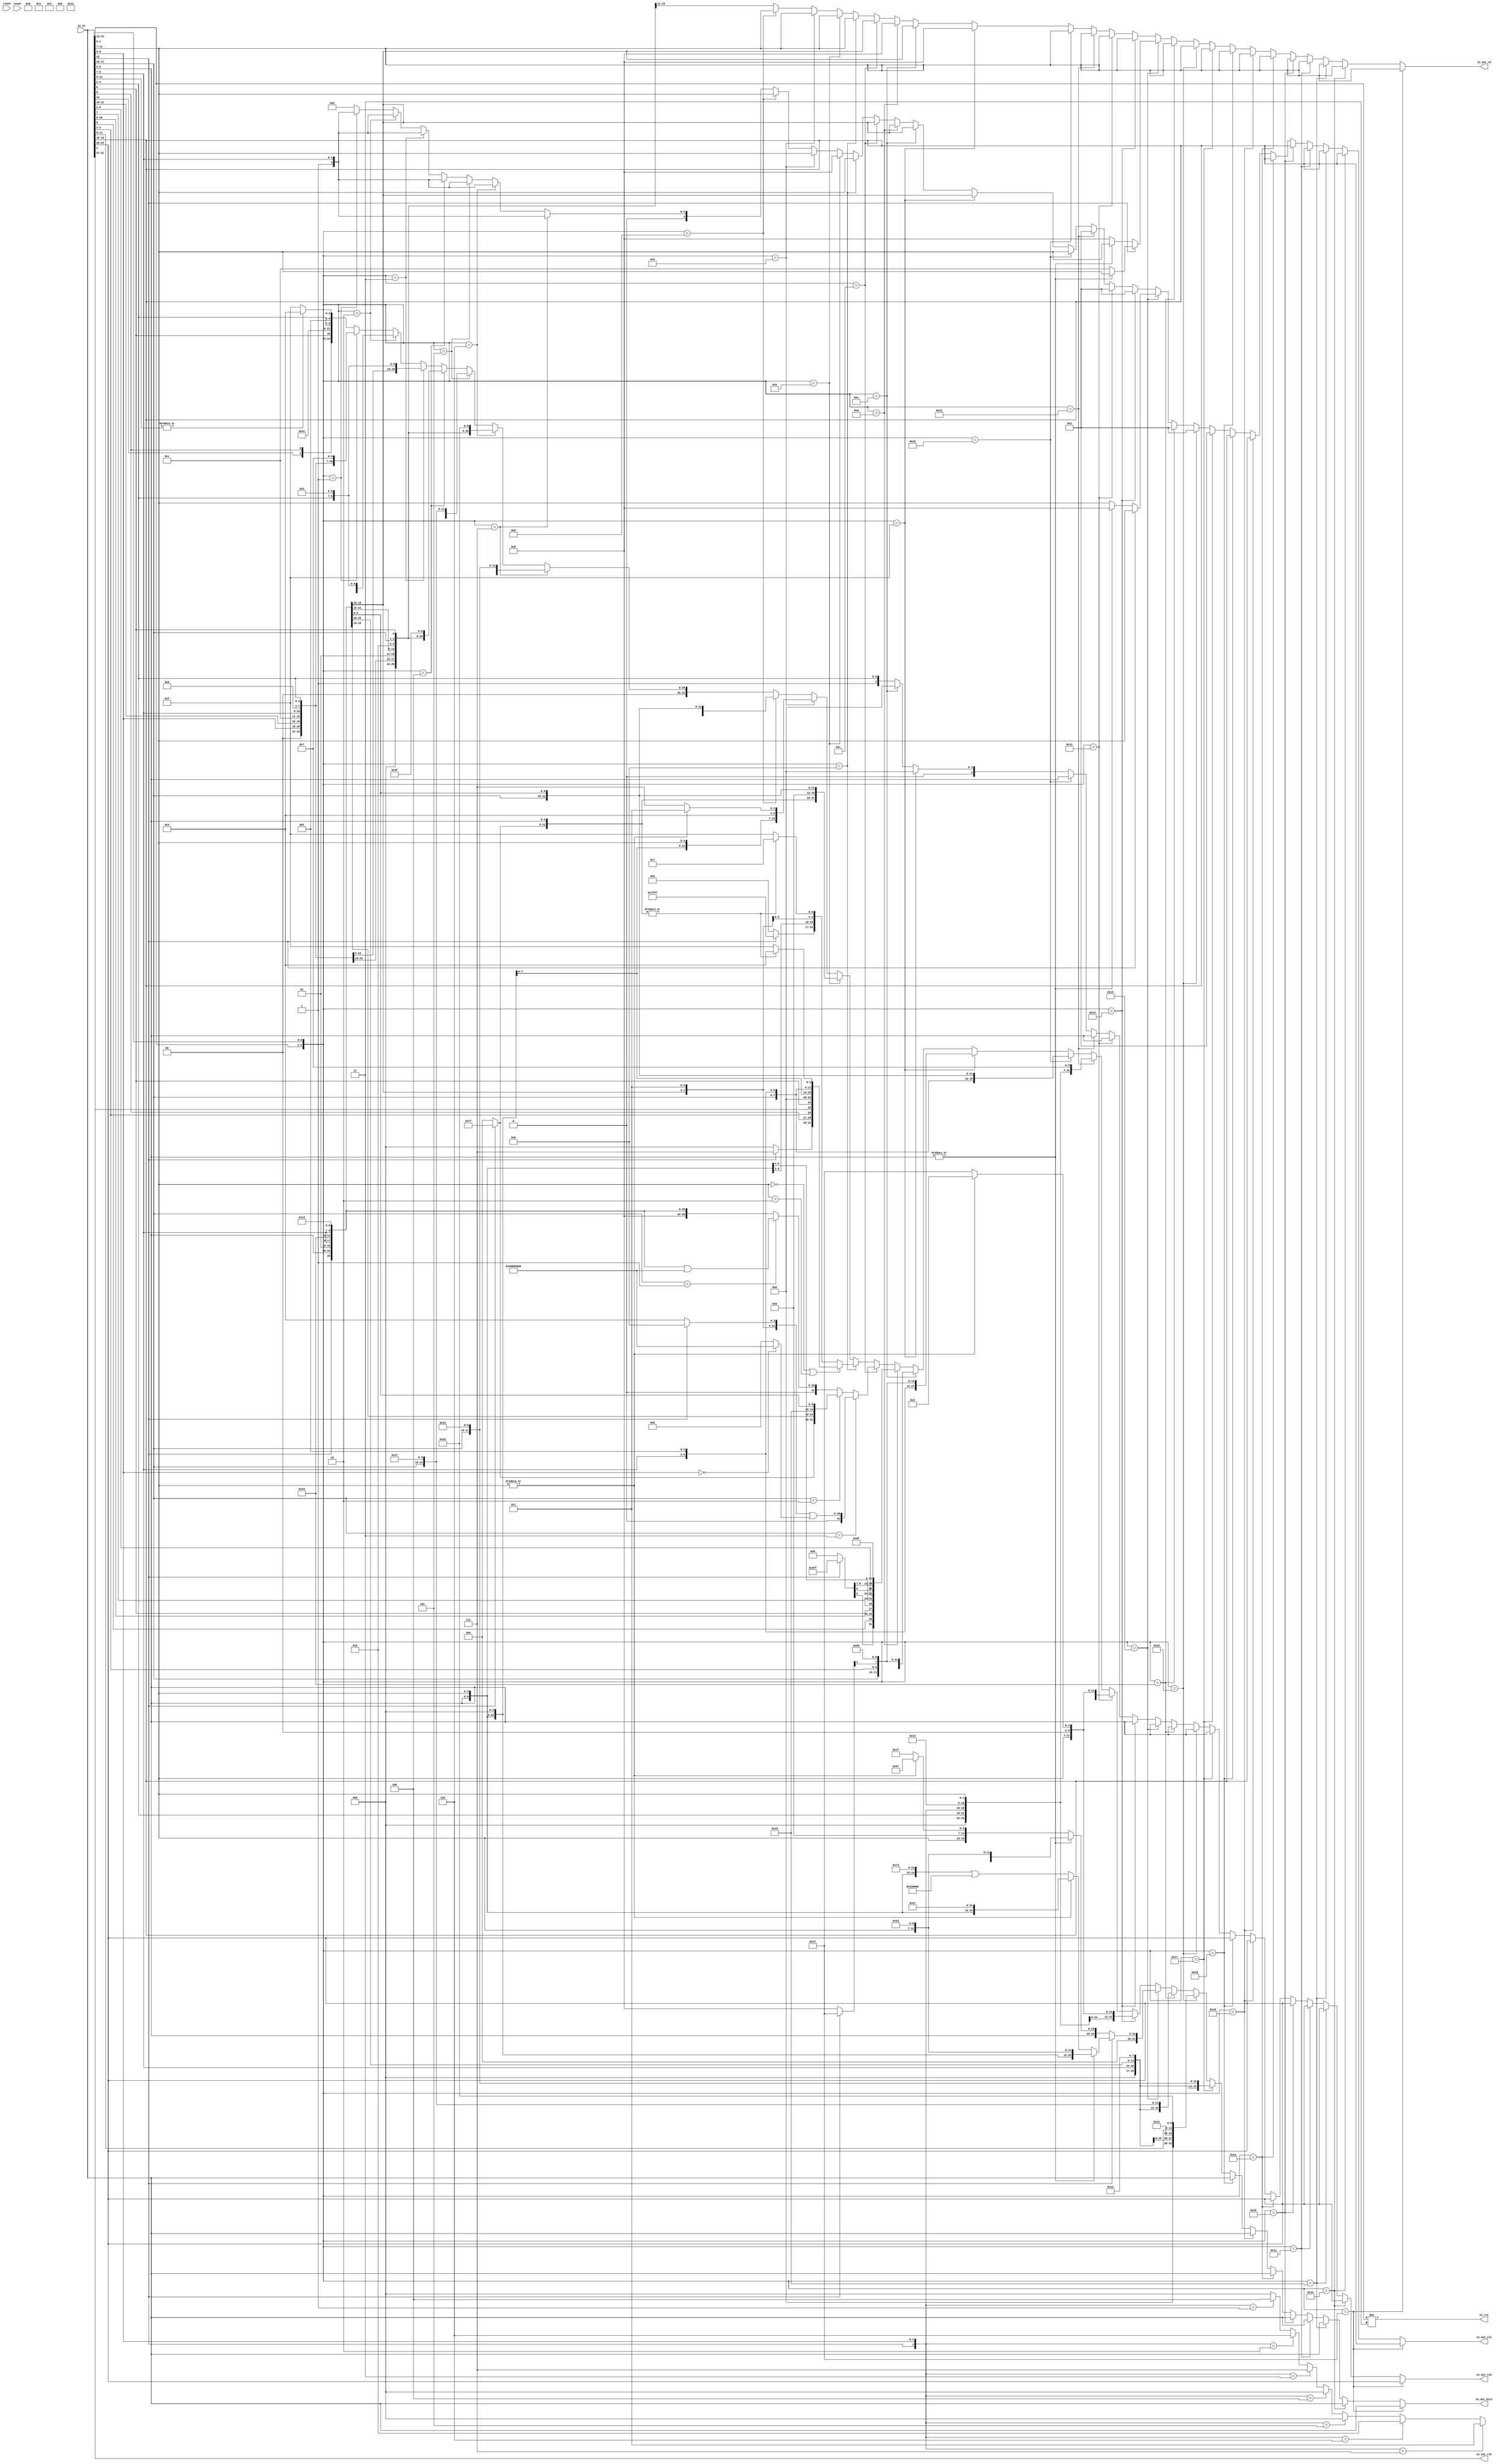
module RVCExpander(
  input         clock,
  input         reset,
  input  [31:0] io_in,
  output [31:0] io_out_bits,
  output [4:0]  io_out_rd,
  output [4:0]  io_out_rs1,
  output [4:0]  io_out_rs2,
  output [4:0]  io_out_rs3,
  output        io_rvc
);
  wire [6:0] io_out_s_lo_lo = |io_in[12:5] ? 7'h13 : 7'h1f; // @[RVC.scala 53:20]
  wire [3:0] io_out_s_hi_hi_hi = io_in[10:7]; // @[RVC.scala 34:26]
  wire [1:0] io_out_s_hi_hi_lo = io_in[12:11]; // @[RVC.scala 34:35]
  wire  io_out_s_hi_lo = io_in[5]; // @[RVC.scala 34:45]
  wire  io_out_s_lo_hi = io_in[6]; // @[RVC.scala 34:51]
  wire [2:0] io_out_s_lo_1 = io_in[4:2]; // @[RVC.scala 31:29]
  wire [4:0] io_out_s_lo_hi_1 = {2'h1,io_out_s_lo_1}; // @[Cat.scala 30:58]
  wire [29:0] _io_out_s_T = {io_out_s_hi_hi_hi,io_out_s_hi_hi_lo,io_out_s_hi_lo,io_out_s_lo_hi,2'h0,5'h2,3'h0,2'h1,
    io_out_s_lo_1,io_out_s_lo_lo}; // @[Cat.scala 30:58]
  wire [4:0] io_out_s_0_rs3 = io_in[31:27]; // @[RVC.scala 20:101]
  wire [1:0] io_out_s_hi_hi_2 = io_in[6:5]; // @[RVC.scala 36:20]
  wire [2:0] io_out_s_hi_lo_1 = io_in[12:10]; // @[RVC.scala 36:28]
  wire [7:0] io_out_s_hi_hi_hi_2 = {io_out_s_hi_hi_2,io_out_s_hi_lo_1,3'h0}; // @[Cat.scala 30:58]
  wire [2:0] io_out_s_lo_5 = io_in[9:7]; // @[RVC.scala 30:29]
  wire [4:0] io_out_s_hi_hi_lo_1 = {2'h1,io_out_s_lo_5}; // @[Cat.scala 30:58]
  wire [27:0] _io_out_s_T_4 = {io_out_s_hi_hi_2,io_out_s_hi_lo_1,3'h0,2'h1,io_out_s_lo_5,3'h3,2'h1,io_out_s_lo_1,7'h7}; // @[Cat.scala 30:58]
  wire [6:0] io_out_s_hi_hi_hi_3 = {io_out_s_hi_lo,io_out_s_hi_lo_1,io_out_s_lo_hi,2'h0}; // @[Cat.scala 30:58]
  wire [26:0] _io_out_s_T_9 = {io_out_s_hi_lo,io_out_s_hi_lo_1,io_out_s_lo_hi,2'h0,2'h1,io_out_s_lo_5,3'h2,2'h1,
    io_out_s_lo_1,7'h3}; // @[Cat.scala 30:58]
  wire [27:0] _io_out_s_T_14 = {io_out_s_hi_hi_2,io_out_s_hi_lo_1,3'h0,2'h1,io_out_s_lo_5,3'h3,2'h1,io_out_s_lo_1,7'h3}; // @[Cat.scala 30:58]
  wire [1:0] io_out_s_hi_hi_hi_5 = io_out_s_hi_hi_hi_3[6:5]; // @[RVC.scala 63:32]
  wire [4:0] io_out_s_lo_hi_lo = io_out_s_hi_hi_hi_3[4:0]; // @[RVC.scala 63:65]
  wire [26:0] _io_out_s_T_21 = {io_out_s_hi_hi_hi_5,2'h1,io_out_s_lo_1,2'h1,io_out_s_lo_5,3'h2,io_out_s_lo_hi_lo,7'h3f}; // @[Cat.scala 30:58]
  wire [2:0] io_out_s_hi_hi_hi_6 = io_out_s_hi_hi_hi_2[7:5]; // @[RVC.scala 66:30]
  wire [4:0] io_out_s_lo_hi_lo_1 = io_out_s_hi_hi_hi_2[4:0]; // @[RVC.scala 66:63]
  wire [27:0] _io_out_s_T_28 = {io_out_s_hi_hi_hi_6,2'h1,io_out_s_lo_1,2'h1,io_out_s_lo_5,3'h3,io_out_s_lo_hi_lo_1,7'h27
    }; // @[Cat.scala 30:58]
  wire [26:0] _io_out_s_T_35 = {io_out_s_hi_hi_hi_5,2'h1,io_out_s_lo_1,2'h1,io_out_s_lo_5,3'h2,io_out_s_lo_hi_lo,7'h23}; // @[Cat.scala 30:58]
  wire [27:0] _io_out_s_T_42 = {io_out_s_hi_hi_hi_6,2'h1,io_out_s_lo_1,2'h1,io_out_s_lo_5,3'h3,io_out_s_lo_hi_lo_1,7'h23
    }; // @[Cat.scala 30:58]
  wire [6:0] io_out_s_hi_20 = io_in[12] ? 7'h7f : 7'h0; // @[Bitwise.scala 72:12]
  wire [4:0] io_out_s_lo_52 = io_in[6:2]; // @[RVC.scala 43:38]
  wire [11:0] io_out_s_hi_hi_hi_9 = {io_out_s_hi_20,io_out_s_lo_52}; // @[Cat.scala 30:58]
  wire [4:0] io_out_s_hi_hi_lo_8 = io_in[11:7]; // @[RVC.scala 33:13]
  wire [31:0] io_out_s_8_bits = {io_out_s_hi_20,io_out_s_lo_52,io_out_s_hi_hi_lo_8,3'h0,io_out_s_hi_hi_lo_8,7'h13}; // @[Cat.scala 30:58]
  wire  _io_out_s_opc_T_3 = |io_out_s_hi_hi_lo_8; // @[RVC.scala 77:24]
  wire [6:0] io_out_s_lo_lo_1 = |io_out_s_hi_hi_lo_8 ? 7'h1b : 7'h1f; // @[RVC.scala 77:20]
  wire [31:0] io_out_s_9_bits = {io_out_s_hi_20,io_out_s_lo_52,io_out_s_hi_hi_lo_8,3'h0,io_out_s_hi_hi_lo_8,
    io_out_s_lo_lo_1}; // @[Cat.scala 30:58]
  wire [31:0] io_out_s_10_bits = {io_out_s_hi_20,io_out_s_lo_52,5'h0,3'h0,io_out_s_hi_hi_lo_8,7'h13}; // @[Cat.scala 30:58]
  wire  _io_out_s_opc_T_7 = |io_out_s_hi_hi_hi_9; // @[RVC.scala 90:29]
  wire [6:0] io_out_s_me_lo = |io_out_s_hi_hi_hi_9 ? 7'h37 : 7'h3f; // @[RVC.scala 90:20]
  wire [14:0] io_out_s_me_hi_hi = io_in[12] ? 15'h7fff : 15'h0; // @[Bitwise.scala 72:12]
  wire [31:0] _io_out_s_me_T_2 = {io_out_s_me_hi_hi,io_out_s_lo_52,12'h0}; // @[Cat.scala 30:58]
  wire [19:0] io_out_s_me_hi_hi_1 = _io_out_s_me_T_2[31:12]; // @[RVC.scala 91:31]
  wire [31:0] io_out_s_me_bits = {io_out_s_me_hi_hi_1,io_out_s_hi_hi_lo_8,io_out_s_me_lo}; // @[Cat.scala 30:58]
  wire [6:0] io_out_s_lo_lo_2 = _io_out_s_opc_T_7 ? 7'h13 : 7'h1f; // @[RVC.scala 86:20]
  wire [2:0] io_out_s_hi_hi_hi_12 = io_in[12] ? 3'h7 : 3'h0; // @[Bitwise.scala 72:12]
  wire [1:0] io_out_s_hi_hi_lo_10 = io_in[4:3]; // @[RVC.scala 42:42]
  wire  io_out_s_lo_hi_hi = io_in[2]; // @[RVC.scala 42:56]
  wire [31:0] io_out_s_res_bits = {io_out_s_hi_hi_hi_12,io_out_s_hi_hi_lo_10,io_out_s_hi_lo,io_out_s_lo_hi_hi,
    io_out_s_lo_hi,4'h0,io_out_s_hi_hi_lo_8,3'h0,io_out_s_hi_hi_lo_8,io_out_s_lo_lo_2}; // @[Cat.scala 30:58]
  wire [31:0] io_out_s_11_bits = io_out_s_hi_hi_lo_8 == 5'h0 | io_out_s_hi_hi_lo_8 == 5'h2 ? io_out_s_res_bits :
    io_out_s_me_bits; // @[RVC.scala 92:10]
  wire [4:0] io_out_s_11_rd = io_out_s_hi_hi_lo_8 == 5'h0 | io_out_s_hi_hi_lo_8 == 5'h2 ? io_out_s_hi_hi_lo_8 :
    io_out_s_hi_hi_lo_8; // @[RVC.scala 92:10]
  wire [4:0] io_out_s_11_rs2 = io_out_s_hi_hi_lo_8 == 5'h0 | io_out_s_hi_hi_lo_8 == 5'h2 ? io_out_s_lo_hi_1 :
    io_out_s_lo_hi_1; // @[RVC.scala 92:10]
  wire [4:0] io_out_s_11_rs3 = io_out_s_hi_hi_lo_8 == 5'h0 | io_out_s_hi_hi_lo_8 == 5'h2 ? io_out_s_0_rs3 :
    io_out_s_0_rs3; // @[RVC.scala 92:10]
  wire [25:0] _io_out_s_T_79 = {io_in[12],io_out_s_lo_52,2'h1,io_out_s_lo_5,3'h5,2'h1,io_out_s_lo_5,7'h13}; // @[Cat.scala 30:58]
  wire [30:0] _GEN_0 = {{5'd0}, _io_out_s_T_79}; // @[RVC.scala 99:23]
  wire [30:0] _io_out_s_T_81 = _GEN_0 | 31'h40000000; // @[RVC.scala 99:23]
  wire [31:0] _io_out_s_T_84 = {io_out_s_hi_20,io_out_s_lo_52,2'h1,io_out_s_lo_5,3'h7,2'h1,io_out_s_lo_5,7'h13}; // @[Cat.scala 30:58]
  wire [2:0] _io_out_s_funct_T = {io_in[12],io_out_s_hi_hi_2}; // @[Cat.scala 30:58]
  wire [2:0] _io_out_s_funct_T_2 = _io_out_s_funct_T == 3'h1 ? 3'h4 : 3'h0; // @[package.scala 32:76]
  wire [2:0] _io_out_s_funct_T_4 = _io_out_s_funct_T == 3'h2 ? 3'h6 : _io_out_s_funct_T_2; // @[package.scala 32:76]
  wire [2:0] _io_out_s_funct_T_6 = _io_out_s_funct_T == 3'h3 ? 3'h7 : _io_out_s_funct_T_4; // @[package.scala 32:76]
  wire [2:0] _io_out_s_funct_T_8 = _io_out_s_funct_T == 3'h4 ? 3'h0 : _io_out_s_funct_T_6; // @[package.scala 32:76]
  wire [2:0] _io_out_s_funct_T_10 = _io_out_s_funct_T == 3'h5 ? 3'h0 : _io_out_s_funct_T_8; // @[package.scala 32:76]
  wire [2:0] _io_out_s_funct_T_12 = _io_out_s_funct_T == 3'h6 ? 3'h2 : _io_out_s_funct_T_10; // @[package.scala 32:76]
  wire [2:0] io_out_s_hi_lo_17 = _io_out_s_funct_T == 3'h7 ? 3'h3 : _io_out_s_funct_T_12; // @[package.scala 32:76]
  wire [30:0] io_out_s_sub = io_out_s_hi_hi_2 == 2'h0 ? 31'h40000000 : 31'h0; // @[RVC.scala 103:22]
  wire [6:0] io_out_s_lo_lo_3 = io_in[12] ? 7'h3b : 7'h33; // @[RVC.scala 104:22]
  wire [24:0] _io_out_s_T_85 = {2'h1,io_out_s_lo_1,2'h1,io_out_s_lo_5,io_out_s_hi_lo_17,2'h1,io_out_s_lo_5,
    io_out_s_lo_lo_3}; // @[Cat.scala 30:58]
  wire [30:0] _GEN_1 = {{6'd0}, _io_out_s_T_85}; // @[RVC.scala 105:43]
  wire [30:0] _io_out_s_T_86 = _GEN_1 | io_out_s_sub; // @[RVC.scala 105:43]
  wire [30:0] _io_out_s_T_89 = io_in[11:10] == 2'h1 ? _io_out_s_T_81 : {{5'd0}, _io_out_s_T_79}; // @[package.scala 32:76]
  wire [31:0] _io_out_s_T_91 = io_in[11:10] == 2'h2 ? _io_out_s_T_84 : {{1'd0}, _io_out_s_T_89}; // @[package.scala 32:76]
  wire [31:0] io_out_s_12_bits = io_in[11:10] == 2'h3 ? {{1'd0}, _io_out_s_T_86} : _io_out_s_T_91; // @[package.scala 32:76]
  wire [9:0] io_out_s_hi_hi_hi_hi = io_in[12] ? 10'h3ff : 10'h0; // @[Bitwise.scala 72:12]
  wire  io_out_s_hi_hi_hi_lo = io_in[8]; // @[RVC.scala 44:36]
  wire [1:0] io_out_s_hi_hi_lo_16 = io_in[10:9]; // @[RVC.scala 44:42]
  wire  io_out_s_hi_lo_lo = io_in[7]; // @[RVC.scala 44:57]
  wire  io_out_s_lo_hi_lo_5 = io_in[11]; // @[RVC.scala 44:69]
  wire [2:0] io_out_s_lo_lo_hi = io_in[5:3]; // @[RVC.scala 44:76]
  wire [20:0] _io_out_s_T_100 = {io_out_s_hi_hi_hi_hi,io_out_s_hi_hi_hi_lo,io_out_s_hi_hi_lo_16,io_out_s_lo_hi,
    io_out_s_hi_lo_lo,io_out_s_lo_hi_hi,io_out_s_lo_hi_lo_5,io_out_s_lo_lo_hi,1'h0}; // @[Cat.scala 30:58]
  wire  io_out_s_hi_hi_hi_19 = _io_out_s_T_100[20]; // @[RVC.scala 94:26]
  wire [9:0] io_out_s_hi_hi_lo_18 = _io_out_s_T_100[10:1]; // @[RVC.scala 94:36]
  wire  io_out_s_hi_lo_21 = _io_out_s_T_100[11]; // @[RVC.scala 94:48]
  wire [7:0] io_out_s_lo_hi_hi_5 = _io_out_s_T_100[19:12]; // @[RVC.scala 94:58]
  wire [31:0] io_out_s_13_bits = {io_out_s_hi_hi_hi_19,io_out_s_hi_hi_lo_18,io_out_s_hi_lo_21,io_out_s_lo_hi_hi_5,5'h0,7'h6f
    }; // @[Cat.scala 30:58]
  wire [4:0] io_out_s_hi_hi_hi_23 = io_in[12] ? 5'h1f : 5'h0; // @[Bitwise.scala 72:12]
  wire [12:0] _io_out_s_T_116 = {io_out_s_hi_hi_hi_23,io_out_s_hi_hi_2,io_out_s_lo_hi_hi,io_in[11:10],
    io_out_s_hi_hi_lo_10,1'h0}; // @[Cat.scala 30:58]
  wire  io_out_s_hi_hi_hi_24 = _io_out_s_T_116[12]; // @[RVC.scala 95:29]
  wire [5:0] io_out_s_hi_hi_lo_23 = _io_out_s_T_116[10:5]; // @[RVC.scala 95:39]
  wire [3:0] io_out_s_lo_hi_lo_12 = _io_out_s_T_116[4:1]; // @[RVC.scala 95:71]
  wire  io_out_s_lo_lo_hi_4 = _io_out_s_T_116[11]; // @[RVC.scala 95:82]
  wire [31:0] io_out_s_14_bits = {io_out_s_hi_hi_hi_24,io_out_s_hi_hi_lo_23,5'h0,2'h1,io_out_s_lo_5,3'h0,
    io_out_s_lo_hi_lo_12,io_out_s_lo_lo_hi_4,7'h63}; // @[Cat.scala 30:58]
  wire [31:0] io_out_s_15_bits = {io_out_s_hi_hi_hi_24,io_out_s_hi_hi_lo_23,5'h0,2'h1,io_out_s_lo_5,3'h1,
    io_out_s_lo_hi_lo_12,io_out_s_lo_lo_hi_4,7'h63}; // @[Cat.scala 30:58]
  wire [6:0] io_out_s_lo_lo_10 = _io_out_s_opc_T_3 ? 7'h3 : 7'h1f; // @[RVC.scala 113:23]
  wire [25:0] _io_out_s_T_145 = {io_in[12],io_out_s_lo_52,io_out_s_hi_hi_lo_8,3'h1,io_out_s_hi_hi_lo_8,7'h13}; // @[Cat.scala 30:58]
  wire [28:0] _io_out_s_T_150 = {io_out_s_lo_1,io_in[12],io_out_s_hi_hi_2,3'h0,5'h2,3'h3,io_out_s_hi_hi_lo_8,7'h7}; // @[Cat.scala 30:58]
  wire [1:0] io_out_s_hi_hi_47 = io_in[3:2]; // @[RVC.scala 37:22]
  wire [2:0] io_out_s_lo_hi_41 = io_in[6:4]; // @[RVC.scala 37:37]
  wire [27:0] _io_out_s_T_154 = {io_out_s_hi_hi_47,io_in[12],io_out_s_lo_hi_41,2'h0,5'h2,3'h2,io_out_s_hi_hi_lo_8,
    io_out_s_lo_lo_10}; // @[Cat.scala 30:58]
  wire [28:0] _io_out_s_T_158 = {io_out_s_lo_1,io_in[12],io_out_s_hi_hi_2,3'h0,5'h2,3'h3,io_out_s_hi_hi_lo_8,
    io_out_s_lo_lo_10}; // @[Cat.scala 30:58]
  wire [24:0] _io_out_s_mv_T = {io_out_s_lo_52,5'h0,3'h0,io_out_s_hi_hi_lo_8,7'h33}; // @[Cat.scala 30:58]
  wire [24:0] _io_out_s_add_T = {io_out_s_lo_52,io_out_s_hi_hi_lo_8,3'h0,io_out_s_hi_hi_lo_8,7'h33}; // @[Cat.scala 30:58]
  wire [24:0] io_out_s_jr = {io_out_s_lo_52,io_out_s_hi_hi_lo_8,3'h0,12'h67}; // @[Cat.scala 30:58]
  wire [17:0] io_out_s_reserved_hi = io_out_s_jr[24:7]; // @[RVC.scala 133:29]
  wire [24:0] io_out_s_reserved = {io_out_s_reserved_hi,7'h1f}; // @[Cat.scala 30:58]
  wire [24:0] _io_out_s_jr_reserved_T_2 = _io_out_s_opc_T_3 ? io_out_s_jr : io_out_s_reserved; // @[RVC.scala 134:33]
  wire  _io_out_s_jr_mv_T_1 = |io_out_s_lo_52; // @[RVC.scala 135:27]
  wire [31:0] io_out_s_mv_bits = {{7'd0}, _io_out_s_mv_T}; // @[RVC.scala 21:19 RVC.scala 22:14]
  wire [31:0] io_out_s_jr_reserved_bits = {{7'd0}, _io_out_s_jr_reserved_T_2}; // @[RVC.scala 21:19 RVC.scala 22:14]
  wire [31:0] io_out_s_jr_mv_bits = |io_out_s_lo_52 ? io_out_s_mv_bits : io_out_s_jr_reserved_bits; // @[RVC.scala 135:22]
  wire [4:0] io_out_s_jr_mv_rd = |io_out_s_lo_52 ? io_out_s_hi_hi_lo_8 : 5'h0; // @[RVC.scala 135:22]
  wire [4:0] io_out_s_jr_mv_rs1 = |io_out_s_lo_52 ? 5'h0 : io_out_s_hi_hi_lo_8; // @[RVC.scala 135:22]
  wire [4:0] io_out_s_jr_mv_rs2 = |io_out_s_lo_52 ? io_out_s_lo_52 : io_out_s_lo_52; // @[RVC.scala 135:22]
  wire [4:0] io_out_s_jr_mv_rs3 = |io_out_s_lo_52 ? io_out_s_0_rs3 : io_out_s_0_rs3; // @[RVC.scala 135:22]
  wire [24:0] io_out_s_jalr = {io_out_s_lo_52,io_out_s_hi_hi_lo_8,3'h0,12'he7}; // @[Cat.scala 30:58]
  wire [24:0] _io_out_s_ebreak_T = {io_out_s_reserved_hi,7'h73}; // @[Cat.scala 30:58]
  wire [24:0] io_out_s_ebreak = _io_out_s_ebreak_T | 25'h100000; // @[RVC.scala 137:46]
  wire [24:0] _io_out_s_jalr_ebreak_T_2 = _io_out_s_opc_T_3 ? io_out_s_jalr : io_out_s_ebreak; // @[RVC.scala 138:33]
  wire [31:0] io_out_s_add_bits = {{7'd0}, _io_out_s_add_T}; // @[RVC.scala 21:19 RVC.scala 22:14]
  wire [31:0] io_out_s_jalr_ebreak_bits = {{7'd0}, _io_out_s_jalr_ebreak_T_2}; // @[RVC.scala 21:19 RVC.scala 22:14]
  wire [31:0] io_out_s_jalr_add_bits = _io_out_s_jr_mv_T_1 ? io_out_s_add_bits : io_out_s_jalr_ebreak_bits; // @[RVC.scala 139:25]
  wire [4:0] io_out_s_jalr_add_rd = _io_out_s_jr_mv_T_1 ? io_out_s_hi_hi_lo_8 : 5'h1; // @[RVC.scala 139:25]
  wire [4:0] io_out_s_jalr_add_rs1 = _io_out_s_jr_mv_T_1 ? io_out_s_hi_hi_lo_8 : io_out_s_hi_hi_lo_8; // @[RVC.scala 139:25]
  wire [31:0] io_out_s_20_bits = io_in[12] ? io_out_s_jalr_add_bits : io_out_s_jr_mv_bits; // @[RVC.scala 140:10]
  wire [4:0] io_out_s_20_rd = io_in[12] ? io_out_s_jalr_add_rd : io_out_s_jr_mv_rd; // @[RVC.scala 140:10]
  wire [4:0] io_out_s_20_rs1 = io_in[12] ? io_out_s_jalr_add_rs1 : io_out_s_jr_mv_rs1; // @[RVC.scala 140:10]
  wire [4:0] io_out_s_20_rs2 = io_in[12] ? io_out_s_jr_mv_rs2 : io_out_s_jr_mv_rs2; // @[RVC.scala 140:10]
  wire [4:0] io_out_s_20_rs3 = io_in[12] ? io_out_s_jr_mv_rs3 : io_out_s_jr_mv_rs3; // @[RVC.scala 140:10]
  wire [8:0] _io_out_s_T_163 = {io_out_s_lo_5,io_out_s_hi_lo_1,3'h0}; // @[Cat.scala 30:58]
  wire [3:0] io_out_s_hi_hi_hi_37 = _io_out_s_T_163[8:5]; // @[RVC.scala 124:34]
  wire [4:0] io_out_s_lo_hi_lo_19 = _io_out_s_T_163[4:0]; // @[RVC.scala 124:66]
  wire [28:0] _io_out_s_T_165 = {io_out_s_hi_hi_hi_37,io_out_s_lo_52,5'h2,3'h3,io_out_s_lo_hi_lo_19,7'h27}; // @[Cat.scala 30:58]
  wire [1:0] io_out_s_hi_hi_54 = io_in[8:7]; // @[RVC.scala 39:22]
  wire [3:0] io_out_s_hi_lo_38 = io_in[12:9]; // @[RVC.scala 39:30]
  wire [7:0] _io_out_s_T_169 = {io_out_s_hi_hi_54,io_out_s_hi_lo_38,2'h0}; // @[Cat.scala 30:58]
  wire [2:0] io_out_s_hi_hi_hi_38 = _io_out_s_T_169[7:5]; // @[RVC.scala 123:33]
  wire [4:0] io_out_s_lo_hi_lo_20 = _io_out_s_T_169[4:0]; // @[RVC.scala 123:65]
  wire [27:0] _io_out_s_T_171 = {io_out_s_hi_hi_hi_38,io_out_s_lo_52,5'h2,3'h2,io_out_s_lo_hi_lo_20,7'h23}; // @[Cat.scala 30:58]
  wire [28:0] _io_out_s_T_177 = {io_out_s_hi_hi_hi_37,io_out_s_lo_52,5'h2,3'h3,io_out_s_lo_hi_lo_19,7'h23}; // @[Cat.scala 30:58]
  wire [4:0] io_out_s_24_rs1 = io_in[19:15]; // @[RVC.scala 20:57]
  wire [4:0] io_out_s_24_rs2 = io_in[24:20]; // @[RVC.scala 20:79]
  wire [2:0] io_out_lo = io_in[15:13]; // @[RVC.scala 151:20]
  wire [4:0] _io_out_T = {io_in[1:0],io_out_lo}; // @[Cat.scala 30:58]
  wire [31:0] io_out_s_1_bits = {{4'd0}, _io_out_s_T_4}; // @[RVC.scala 21:19 RVC.scala 22:14]
  wire [31:0] io_out_s_0_bits = {{2'd0}, _io_out_s_T}; // @[RVC.scala 21:19 RVC.scala 22:14]
  wire [31:0] _io_out_T_2_bits = _io_out_T == 5'h1 ? io_out_s_1_bits : io_out_s_0_bits; // @[package.scala 32:76]
  wire [4:0] _io_out_T_2_rd = _io_out_T == 5'h1 ? io_out_s_lo_hi_1 : io_out_s_lo_hi_1; // @[package.scala 32:76]
  wire [4:0] _io_out_T_2_rs1 = _io_out_T == 5'h1 ? io_out_s_hi_hi_lo_1 : 5'h2; // @[package.scala 32:76]
  wire [4:0] _io_out_T_2_rs3 = _io_out_T == 5'h1 ? io_out_s_0_rs3 : io_out_s_0_rs3; // @[package.scala 32:76]
  wire [31:0] io_out_s_2_bits = {{5'd0}, _io_out_s_T_9}; // @[RVC.scala 21:19 RVC.scala 22:14]
  wire [31:0] _io_out_T_4_bits = _io_out_T == 5'h2 ? io_out_s_2_bits : _io_out_T_2_bits; // @[package.scala 32:76]
  wire [4:0] _io_out_T_4_rd = _io_out_T == 5'h2 ? io_out_s_lo_hi_1 : _io_out_T_2_rd; // @[package.scala 32:76]
  wire [4:0] _io_out_T_4_rs1 = _io_out_T == 5'h2 ? io_out_s_hi_hi_lo_1 : _io_out_T_2_rs1; // @[package.scala 32:76]
  wire [4:0] _io_out_T_4_rs3 = _io_out_T == 5'h2 ? io_out_s_0_rs3 : _io_out_T_2_rs3; // @[package.scala 32:76]
  wire [31:0] io_out_s_3_bits = {{4'd0}, _io_out_s_T_14}; // @[RVC.scala 21:19 RVC.scala 22:14]
  wire [31:0] _io_out_T_6_bits = _io_out_T == 5'h3 ? io_out_s_3_bits : _io_out_T_4_bits; // @[package.scala 32:76]
  wire [4:0] _io_out_T_6_rd = _io_out_T == 5'h3 ? io_out_s_lo_hi_1 : _io_out_T_4_rd; // @[package.scala 32:76]
  wire [4:0] _io_out_T_6_rs1 = _io_out_T == 5'h3 ? io_out_s_hi_hi_lo_1 : _io_out_T_4_rs1; // @[package.scala 32:76]
  wire [4:0] _io_out_T_6_rs3 = _io_out_T == 5'h3 ? io_out_s_0_rs3 : _io_out_T_4_rs3; // @[package.scala 32:76]
  wire [31:0] io_out_s_4_bits = {{5'd0}, _io_out_s_T_21}; // @[RVC.scala 21:19 RVC.scala 22:14]
  wire [31:0] _io_out_T_8_bits = _io_out_T == 5'h4 ? io_out_s_4_bits : _io_out_T_6_bits; // @[package.scala 32:76]
  wire [4:0] _io_out_T_8_rd = _io_out_T == 5'h4 ? io_out_s_lo_hi_1 : _io_out_T_6_rd; // @[package.scala 32:76]
  wire [4:0] _io_out_T_8_rs1 = _io_out_T == 5'h4 ? io_out_s_hi_hi_lo_1 : _io_out_T_6_rs1; // @[package.scala 32:76]
  wire [4:0] _io_out_T_8_rs3 = _io_out_T == 5'h4 ? io_out_s_0_rs3 : _io_out_T_6_rs3; // @[package.scala 32:76]
  wire [31:0] io_out_s_5_bits = {{4'd0}, _io_out_s_T_28}; // @[RVC.scala 21:19 RVC.scala 22:14]
  wire [31:0] _io_out_T_10_bits = _io_out_T == 5'h5 ? io_out_s_5_bits : _io_out_T_8_bits; // @[package.scala 32:76]
  wire [4:0] _io_out_T_10_rd = _io_out_T == 5'h5 ? io_out_s_lo_hi_1 : _io_out_T_8_rd; // @[package.scala 32:76]
  wire [4:0] _io_out_T_10_rs1 = _io_out_T == 5'h5 ? io_out_s_hi_hi_lo_1 : _io_out_T_8_rs1; // @[package.scala 32:76]
  wire [4:0] _io_out_T_10_rs3 = _io_out_T == 5'h5 ? io_out_s_0_rs3 : _io_out_T_8_rs3; // @[package.scala 32:76]
  wire [31:0] io_out_s_6_bits = {{5'd0}, _io_out_s_T_35}; // @[RVC.scala 21:19 RVC.scala 22:14]
  wire [31:0] _io_out_T_12_bits = _io_out_T == 5'h6 ? io_out_s_6_bits : _io_out_T_10_bits; // @[package.scala 32:76]
  wire [4:0] _io_out_T_12_rd = _io_out_T == 5'h6 ? io_out_s_lo_hi_1 : _io_out_T_10_rd; // @[package.scala 32:76]
  wire [4:0] _io_out_T_12_rs1 = _io_out_T == 5'h6 ? io_out_s_hi_hi_lo_1 : _io_out_T_10_rs1; // @[package.scala 32:76]
  wire [4:0] _io_out_T_12_rs3 = _io_out_T == 5'h6 ? io_out_s_0_rs3 : _io_out_T_10_rs3; // @[package.scala 32:76]
  wire [31:0] io_out_s_7_bits = {{4'd0}, _io_out_s_T_42}; // @[RVC.scala 21:19 RVC.scala 22:14]
  wire [31:0] _io_out_T_14_bits = _io_out_T == 5'h7 ? io_out_s_7_bits : _io_out_T_12_bits; // @[package.scala 32:76]
  wire [4:0] _io_out_T_14_rd = _io_out_T == 5'h7 ? io_out_s_lo_hi_1 : _io_out_T_12_rd; // @[package.scala 32:76]
  wire [4:0] _io_out_T_14_rs1 = _io_out_T == 5'h7 ? io_out_s_hi_hi_lo_1 : _io_out_T_12_rs1; // @[package.scala 32:76]
  wire [4:0] _io_out_T_14_rs3 = _io_out_T == 5'h7 ? io_out_s_0_rs3 : _io_out_T_12_rs3; // @[package.scala 32:76]
  wire [31:0] _io_out_T_16_bits = _io_out_T == 5'h8 ? io_out_s_8_bits : _io_out_T_14_bits; // @[package.scala 32:76]
  wire [4:0] _io_out_T_16_rd = _io_out_T == 5'h8 ? io_out_s_hi_hi_lo_8 : _io_out_T_14_rd; // @[package.scala 32:76]
  wire [4:0] _io_out_T_16_rs1 = _io_out_T == 5'h8 ? io_out_s_hi_hi_lo_8 : _io_out_T_14_rs1; // @[package.scala 32:76]
  wire [4:0] _io_out_T_16_rs2 = _io_out_T == 5'h8 ? io_out_s_lo_hi_1 : _io_out_T_14_rd; // @[package.scala 32:76]
  wire [4:0] _io_out_T_16_rs3 = _io_out_T == 5'h8 ? io_out_s_0_rs3 : _io_out_T_14_rs3; // @[package.scala 32:76]
  wire [31:0] _io_out_T_18_bits = _io_out_T == 5'h9 ? io_out_s_9_bits : _io_out_T_16_bits; // @[package.scala 32:76]
  wire [4:0] _io_out_T_18_rd = _io_out_T == 5'h9 ? io_out_s_hi_hi_lo_8 : _io_out_T_16_rd; // @[package.scala 32:76]
  wire [4:0] _io_out_T_18_rs1 = _io_out_T == 5'h9 ? io_out_s_hi_hi_lo_8 : _io_out_T_16_rs1; // @[package.scala 32:76]
  wire [4:0] _io_out_T_18_rs2 = _io_out_T == 5'h9 ? io_out_s_lo_hi_1 : _io_out_T_16_rs2; // @[package.scala 32:76]
  wire [4:0] _io_out_T_18_rs3 = _io_out_T == 5'h9 ? io_out_s_0_rs3 : _io_out_T_16_rs3; // @[package.scala 32:76]
  wire [31:0] _io_out_T_20_bits = _io_out_T == 5'ha ? io_out_s_10_bits : _io_out_T_18_bits; // @[package.scala 32:76]
  wire [4:0] _io_out_T_20_rd = _io_out_T == 5'ha ? io_out_s_hi_hi_lo_8 : _io_out_T_18_rd; // @[package.scala 32:76]
  wire [4:0] _io_out_T_20_rs1 = _io_out_T == 5'ha ? 5'h0 : _io_out_T_18_rs1; // @[package.scala 32:76]
  wire [4:0] _io_out_T_20_rs2 = _io_out_T == 5'ha ? io_out_s_lo_hi_1 : _io_out_T_18_rs2; // @[package.scala 32:76]
  wire [4:0] _io_out_T_20_rs3 = _io_out_T == 5'ha ? io_out_s_0_rs3 : _io_out_T_18_rs3; // @[package.scala 32:76]
  wire [31:0] _io_out_T_22_bits = _io_out_T == 5'hb ? io_out_s_11_bits : _io_out_T_20_bits; // @[package.scala 32:76]
  wire [4:0] _io_out_T_22_rd = _io_out_T == 5'hb ? io_out_s_11_rd : _io_out_T_20_rd; // @[package.scala 32:76]
  wire [4:0] _io_out_T_22_rs1 = _io_out_T == 5'hb ? io_out_s_11_rd : _io_out_T_20_rs1; // @[package.scala 32:76]
  wire [4:0] _io_out_T_22_rs2 = _io_out_T == 5'hb ? io_out_s_11_rs2 : _io_out_T_20_rs2; // @[package.scala 32:76]
  wire [4:0] _io_out_T_22_rs3 = _io_out_T == 5'hb ? io_out_s_11_rs3 : _io_out_T_20_rs3; // @[package.scala 32:76]
  wire [31:0] _io_out_T_24_bits = _io_out_T == 5'hc ? io_out_s_12_bits : _io_out_T_22_bits; // @[package.scala 32:76]
  wire [4:0] _io_out_T_24_rd = _io_out_T == 5'hc ? io_out_s_hi_hi_lo_1 : _io_out_T_22_rd; // @[package.scala 32:76]
  wire [4:0] _io_out_T_24_rs1 = _io_out_T == 5'hc ? io_out_s_hi_hi_lo_1 : _io_out_T_22_rs1; // @[package.scala 32:76]
  wire [4:0] _io_out_T_24_rs2 = _io_out_T == 5'hc ? io_out_s_lo_hi_1 : _io_out_T_22_rs2; // @[package.scala 32:76]
  wire [4:0] _io_out_T_24_rs3 = _io_out_T == 5'hc ? io_out_s_0_rs3 : _io_out_T_22_rs3; // @[package.scala 32:76]
  wire [31:0] _io_out_T_26_bits = _io_out_T == 5'hd ? io_out_s_13_bits : _io_out_T_24_bits; // @[package.scala 32:76]
  wire [4:0] _io_out_T_26_rd = _io_out_T == 5'hd ? 5'h0 : _io_out_T_24_rd; // @[package.scala 32:76]
  wire [4:0] _io_out_T_26_rs1 = _io_out_T == 5'hd ? io_out_s_hi_hi_lo_1 : _io_out_T_24_rs1; // @[package.scala 32:76]
  wire [4:0] _io_out_T_26_rs2 = _io_out_T == 5'hd ? io_out_s_lo_hi_1 : _io_out_T_24_rs2; // @[package.scala 32:76]
  wire [4:0] _io_out_T_26_rs3 = _io_out_T == 5'hd ? io_out_s_0_rs3 : _io_out_T_24_rs3; // @[package.scala 32:76]
  wire [31:0] _io_out_T_28_bits = _io_out_T == 5'he ? io_out_s_14_bits : _io_out_T_26_bits; // @[package.scala 32:76]
  wire [4:0] _io_out_T_28_rd = _io_out_T == 5'he ? io_out_s_hi_hi_lo_1 : _io_out_T_26_rd; // @[package.scala 32:76]
  wire [4:0] _io_out_T_28_rs1 = _io_out_T == 5'he ? io_out_s_hi_hi_lo_1 : _io_out_T_26_rs1; // @[package.scala 32:76]
  wire [4:0] _io_out_T_28_rs2 = _io_out_T == 5'he ? 5'h0 : _io_out_T_26_rs2; // @[package.scala 32:76]
  wire [4:0] _io_out_T_28_rs3 = _io_out_T == 5'he ? io_out_s_0_rs3 : _io_out_T_26_rs3; // @[package.scala 32:76]
  wire [31:0] _io_out_T_30_bits = _io_out_T == 5'hf ? io_out_s_15_bits : _io_out_T_28_bits; // @[package.scala 32:76]
  wire [4:0] _io_out_T_30_rd = _io_out_T == 5'hf ? 5'h0 : _io_out_T_28_rd; // @[package.scala 32:76]
  wire [4:0] _io_out_T_30_rs1 = _io_out_T == 5'hf ? io_out_s_hi_hi_lo_1 : _io_out_T_28_rs1; // @[package.scala 32:76]
  wire [4:0] _io_out_T_30_rs2 = _io_out_T == 5'hf ? 5'h0 : _io_out_T_28_rs2; // @[package.scala 32:76]
  wire [4:0] _io_out_T_30_rs3 = _io_out_T == 5'hf ? io_out_s_0_rs3 : _io_out_T_28_rs3; // @[package.scala 32:76]
  wire [31:0] io_out_s_16_bits = {{6'd0}, _io_out_s_T_145}; // @[RVC.scala 21:19 RVC.scala 22:14]
  wire [31:0] _io_out_T_32_bits = _io_out_T == 5'h10 ? io_out_s_16_bits : _io_out_T_30_bits; // @[package.scala 32:76]
  wire [4:0] _io_out_T_32_rd = _io_out_T == 5'h10 ? io_out_s_hi_hi_lo_8 : _io_out_T_30_rd; // @[package.scala 32:76]
  wire [4:0] _io_out_T_32_rs1 = _io_out_T == 5'h10 ? io_out_s_hi_hi_lo_8 : _io_out_T_30_rs1; // @[package.scala 32:76]
  wire [4:0] _io_out_T_32_rs2 = _io_out_T == 5'h10 ? io_out_s_lo_52 : _io_out_T_30_rs2; // @[package.scala 32:76]
  wire [4:0] _io_out_T_32_rs3 = _io_out_T == 5'h10 ? io_out_s_0_rs3 : _io_out_T_30_rs3; // @[package.scala 32:76]
  wire [31:0] io_out_s_17_bits = {{3'd0}, _io_out_s_T_150}; // @[RVC.scala 21:19 RVC.scala 22:14]
  wire [31:0] _io_out_T_34_bits = _io_out_T == 5'h11 ? io_out_s_17_bits : _io_out_T_32_bits; // @[package.scala 32:76]
  wire [4:0] _io_out_T_34_rd = _io_out_T == 5'h11 ? io_out_s_hi_hi_lo_8 : _io_out_T_32_rd; // @[package.scala 32:76]
  wire [4:0] _io_out_T_34_rs1 = _io_out_T == 5'h11 ? 5'h2 : _io_out_T_32_rs1; // @[package.scala 32:76]
  wire [4:0] _io_out_T_34_rs2 = _io_out_T == 5'h11 ? io_out_s_lo_52 : _io_out_T_32_rs2; // @[package.scala 32:76]
  wire [4:0] _io_out_T_34_rs3 = _io_out_T == 5'h11 ? io_out_s_0_rs3 : _io_out_T_32_rs3; // @[package.scala 32:76]
  wire [31:0] io_out_s_18_bits = {{4'd0}, _io_out_s_T_154}; // @[RVC.scala 21:19 RVC.scala 22:14]
  wire [31:0] _io_out_T_36_bits = _io_out_T == 5'h12 ? io_out_s_18_bits : _io_out_T_34_bits; // @[package.scala 32:76]
  wire [4:0] _io_out_T_36_rd = _io_out_T == 5'h12 ? io_out_s_hi_hi_lo_8 : _io_out_T_34_rd; // @[package.scala 32:76]
  wire [4:0] _io_out_T_36_rs1 = _io_out_T == 5'h12 ? 5'h2 : _io_out_T_34_rs1; // @[package.scala 32:76]
  wire [4:0] _io_out_T_36_rs2 = _io_out_T == 5'h12 ? io_out_s_lo_52 : _io_out_T_34_rs2; // @[package.scala 32:76]
  wire [4:0] _io_out_T_36_rs3 = _io_out_T == 5'h12 ? io_out_s_0_rs3 : _io_out_T_34_rs3; // @[package.scala 32:76]
  wire [31:0] io_out_s_19_bits = {{3'd0}, _io_out_s_T_158}; // @[RVC.scala 21:19 RVC.scala 22:14]
  wire [31:0] _io_out_T_38_bits = _io_out_T == 5'h13 ? io_out_s_19_bits : _io_out_T_36_bits; // @[package.scala 32:76]
  wire [4:0] _io_out_T_38_rd = _io_out_T == 5'h13 ? io_out_s_hi_hi_lo_8 : _io_out_T_36_rd; // @[package.scala 32:76]
  wire [4:0] _io_out_T_38_rs1 = _io_out_T == 5'h13 ? 5'h2 : _io_out_T_36_rs1; // @[package.scala 32:76]
  wire [4:0] _io_out_T_38_rs2 = _io_out_T == 5'h13 ? io_out_s_lo_52 : _io_out_T_36_rs2; // @[package.scala 32:76]
  wire [4:0] _io_out_T_38_rs3 = _io_out_T == 5'h13 ? io_out_s_0_rs3 : _io_out_T_36_rs3; // @[package.scala 32:76]
  wire [31:0] _io_out_T_40_bits = _io_out_T == 5'h14 ? io_out_s_20_bits : _io_out_T_38_bits; // @[package.scala 32:76]
  wire [4:0] _io_out_T_40_rd = _io_out_T == 5'h14 ? io_out_s_20_rd : _io_out_T_38_rd; // @[package.scala 32:76]
  wire [4:0] _io_out_T_40_rs1 = _io_out_T == 5'h14 ? io_out_s_20_rs1 : _io_out_T_38_rs1; // @[package.scala 32:76]
  wire [4:0] _io_out_T_40_rs2 = _io_out_T == 5'h14 ? io_out_s_20_rs2 : _io_out_T_38_rs2; // @[package.scala 32:76]
  wire [4:0] _io_out_T_40_rs3 = _io_out_T == 5'h14 ? io_out_s_20_rs3 : _io_out_T_38_rs3; // @[package.scala 32:76]
  wire [31:0] io_out_s_21_bits = {{3'd0}, _io_out_s_T_165}; // @[RVC.scala 21:19 RVC.scala 22:14]
  wire [31:0] _io_out_T_42_bits = _io_out_T == 5'h15 ? io_out_s_21_bits : _io_out_T_40_bits; // @[package.scala 32:76]
  wire [4:0] _io_out_T_42_rd = _io_out_T == 5'h15 ? io_out_s_hi_hi_lo_8 : _io_out_T_40_rd; // @[package.scala 32:76]
  wire [4:0] _io_out_T_42_rs1 = _io_out_T == 5'h15 ? 5'h2 : _io_out_T_40_rs1; // @[package.scala 32:76]
  wire [4:0] _io_out_T_42_rs2 = _io_out_T == 5'h15 ? io_out_s_lo_52 : _io_out_T_40_rs2; // @[package.scala 32:76]
  wire [4:0] _io_out_T_42_rs3 = _io_out_T == 5'h15 ? io_out_s_0_rs3 : _io_out_T_40_rs3; // @[package.scala 32:76]
  wire [31:0] io_out_s_22_bits = {{4'd0}, _io_out_s_T_171}; // @[RVC.scala 21:19 RVC.scala 22:14]
  wire [31:0] _io_out_T_44_bits = _io_out_T == 5'h16 ? io_out_s_22_bits : _io_out_T_42_bits; // @[package.scala 32:76]
  wire [4:0] _io_out_T_44_rd = _io_out_T == 5'h16 ? io_out_s_hi_hi_lo_8 : _io_out_T_42_rd; // @[package.scala 32:76]
  wire [4:0] _io_out_T_44_rs1 = _io_out_T == 5'h16 ? 5'h2 : _io_out_T_42_rs1; // @[package.scala 32:76]
  wire [4:0] _io_out_T_44_rs2 = _io_out_T == 5'h16 ? io_out_s_lo_52 : _io_out_T_42_rs2; // @[package.scala 32:76]
  wire [4:0] _io_out_T_44_rs3 = _io_out_T == 5'h16 ? io_out_s_0_rs3 : _io_out_T_42_rs3; // @[package.scala 32:76]
  wire [31:0] io_out_s_23_bits = {{3'd0}, _io_out_s_T_177}; // @[RVC.scala 21:19 RVC.scala 22:14]
  wire [31:0] _io_out_T_46_bits = _io_out_T == 5'h17 ? io_out_s_23_bits : _io_out_T_44_bits; // @[package.scala 32:76]
  wire [4:0] _io_out_T_46_rd = _io_out_T == 5'h17 ? io_out_s_hi_hi_lo_8 : _io_out_T_44_rd; // @[package.scala 32:76]
  wire [4:0] _io_out_T_46_rs1 = _io_out_T == 5'h17 ? 5'h2 : _io_out_T_44_rs1; // @[package.scala 32:76]
  wire [4:0] _io_out_T_46_rs2 = _io_out_T == 5'h17 ? io_out_s_lo_52 : _io_out_T_44_rs2; // @[package.scala 32:76]
  wire [4:0] _io_out_T_46_rs3 = _io_out_T == 5'h17 ? io_out_s_0_rs3 : _io_out_T_44_rs3; // @[package.scala 32:76]
  wire [31:0] _io_out_T_48_bits = _io_out_T == 5'h18 ? io_in : _io_out_T_46_bits; // @[package.scala 32:76]
  wire [4:0] _io_out_T_48_rd = _io_out_T == 5'h18 ? io_out_s_hi_hi_lo_8 : _io_out_T_46_rd; // @[package.scala 32:76]
  wire [4:0] _io_out_T_48_rs1 = _io_out_T == 5'h18 ? io_out_s_24_rs1 : _io_out_T_46_rs1; // @[package.scala 32:76]
  wire [4:0] _io_out_T_48_rs2 = _io_out_T == 5'h18 ? io_out_s_24_rs2 : _io_out_T_46_rs2; // @[package.scala 32:76]
  wire [4:0] _io_out_T_48_rs3 = _io_out_T == 5'h18 ? io_out_s_0_rs3 : _io_out_T_46_rs3; // @[package.scala 32:76]
  wire [31:0] _io_out_T_50_bits = _io_out_T == 5'h19 ? io_in : _io_out_T_48_bits; // @[package.scala 32:76]
  wire [4:0] _io_out_T_50_rd = _io_out_T == 5'h19 ? io_out_s_hi_hi_lo_8 : _io_out_T_48_rd; // @[package.scala 32:76]
  wire [4:0] _io_out_T_50_rs1 = _io_out_T == 5'h19 ? io_out_s_24_rs1 : _io_out_T_48_rs1; // @[package.scala 32:76]
  wire [4:0] _io_out_T_50_rs2 = _io_out_T == 5'h19 ? io_out_s_24_rs2 : _io_out_T_48_rs2; // @[package.scala 32:76]
  wire [4:0] _io_out_T_50_rs3 = _io_out_T == 5'h19 ? io_out_s_0_rs3 : _io_out_T_48_rs3; // @[package.scala 32:76]
  wire [31:0] _io_out_T_52_bits = _io_out_T == 5'h1a ? io_in : _io_out_T_50_bits; // @[package.scala 32:76]
  wire [4:0] _io_out_T_52_rd = _io_out_T == 5'h1a ? io_out_s_hi_hi_lo_8 : _io_out_T_50_rd; // @[package.scala 32:76]
  wire [4:0] _io_out_T_52_rs1 = _io_out_T == 5'h1a ? io_out_s_24_rs1 : _io_out_T_50_rs1; // @[package.scala 32:76]
  wire [4:0] _io_out_T_52_rs2 = _io_out_T == 5'h1a ? io_out_s_24_rs2 : _io_out_T_50_rs2; // @[package.scala 32:76]
  wire [4:0] _io_out_T_52_rs3 = _io_out_T == 5'h1a ? io_out_s_0_rs3 : _io_out_T_50_rs3; // @[package.scala 32:76]
  wire [31:0] _io_out_T_54_bits = _io_out_T == 5'h1b ? io_in : _io_out_T_52_bits; // @[package.scala 32:76]
  wire [4:0] _io_out_T_54_rd = _io_out_T == 5'h1b ? io_out_s_hi_hi_lo_8 : _io_out_T_52_rd; // @[package.scala 32:76]
  wire [4:0] _io_out_T_54_rs1 = _io_out_T == 5'h1b ? io_out_s_24_rs1 : _io_out_T_52_rs1; // @[package.scala 32:76]
  wire [4:0] _io_out_T_54_rs2 = _io_out_T == 5'h1b ? io_out_s_24_rs2 : _io_out_T_52_rs2; // @[package.scala 32:76]
  wire [4:0] _io_out_T_54_rs3 = _io_out_T == 5'h1b ? io_out_s_0_rs3 : _io_out_T_52_rs3; // @[package.scala 32:76]
  wire [31:0] _io_out_T_56_bits = _io_out_T == 5'h1c ? io_in : _io_out_T_54_bits; // @[package.scala 32:76]
  wire [4:0] _io_out_T_56_rd = _io_out_T == 5'h1c ? io_out_s_hi_hi_lo_8 : _io_out_T_54_rd; // @[package.scala 32:76]
  wire [4:0] _io_out_T_56_rs1 = _io_out_T == 5'h1c ? io_out_s_24_rs1 : _io_out_T_54_rs1; // @[package.scala 32:76]
  wire [4:0] _io_out_T_56_rs2 = _io_out_T == 5'h1c ? io_out_s_24_rs2 : _io_out_T_54_rs2; // @[package.scala 32:76]
  wire [4:0] _io_out_T_56_rs3 = _io_out_T == 5'h1c ? io_out_s_0_rs3 : _io_out_T_54_rs3; // @[package.scala 32:76]
  wire [31:0] _io_out_T_58_bits = _io_out_T == 5'h1d ? io_in : _io_out_T_56_bits; // @[package.scala 32:76]
  wire [4:0] _io_out_T_58_rd = _io_out_T == 5'h1d ? io_out_s_hi_hi_lo_8 : _io_out_T_56_rd; // @[package.scala 32:76]
  wire [4:0] _io_out_T_58_rs1 = _io_out_T == 5'h1d ? io_out_s_24_rs1 : _io_out_T_56_rs1; // @[package.scala 32:76]
  wire [4:0] _io_out_T_58_rs2 = _io_out_T == 5'h1d ? io_out_s_24_rs2 : _io_out_T_56_rs2; // @[package.scala 32:76]
  wire [4:0] _io_out_T_58_rs3 = _io_out_T == 5'h1d ? io_out_s_0_rs3 : _io_out_T_56_rs3; // @[package.scala 32:76]
  wire [31:0] _io_out_T_60_bits = _io_out_T == 5'h1e ? io_in : _io_out_T_58_bits; // @[package.scala 32:76]
  wire [4:0] _io_out_T_60_rd = _io_out_T == 5'h1e ? io_out_s_hi_hi_lo_8 : _io_out_T_58_rd; // @[package.scala 32:76]
  wire [4:0] _io_out_T_60_rs1 = _io_out_T == 5'h1e ? io_out_s_24_rs1 : _io_out_T_58_rs1; // @[package.scala 32:76]
  wire [4:0] _io_out_T_60_rs2 = _io_out_T == 5'h1e ? io_out_s_24_rs2 : _io_out_T_58_rs2; // @[package.scala 32:76]
  wire [4:0] _io_out_T_60_rs3 = _io_out_T == 5'h1e ? io_out_s_0_rs3 : _io_out_T_58_rs3; // @[package.scala 32:76]
  assign io_out_bits = _io_out_T == 5'h1f ? io_in : _io_out_T_60_bits; // @[package.scala 32:76]
  assign io_out_rd = _io_out_T == 5'h1f ? io_out_s_hi_hi_lo_8 : _io_out_T_60_rd; // @[package.scala 32:76]
  assign io_out_rs1 = _io_out_T == 5'h1f ? io_out_s_24_rs1 : _io_out_T_60_rs1; // @[package.scala 32:76]
  assign io_out_rs2 = _io_out_T == 5'h1f ? io_out_s_24_rs2 : _io_out_T_60_rs2; // @[package.scala 32:76]
  assign io_out_rs3 = _io_out_T == 5'h1f ? io_out_s_0_rs3 : _io_out_T_60_rs3; // @[package.scala 32:76]
  assign io_rvc = io_in[1:0] != 2'h3; // @[RVC.scala 163:26]
endmodule